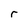
Character: r